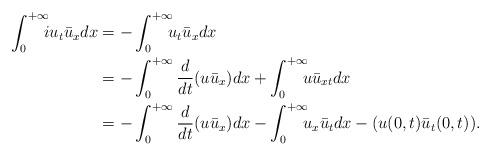
LaTeX: \begin{align*}\int_0^{+\infty}\!\!\!iu_t\bar{u}_xdx&=-\int_0^{+\infty}\!\!\!u_t\bar{u}_xdx\\&=-\int_0^{+\infty}\frac{d}{dt}(u\bar{u}_x)dx+\int_0^{+\infty}\!\!\!u\bar{u}_{xt}dx\\&=-\int_0^{+\infty}\frac{d}{dt}(u\bar{u}_x)dx-\int_0^{+\infty}\!\!\!u_x\bar{u}_tdx-(u(0,t)\bar{u}_t(0,t)).\end{align*}